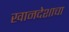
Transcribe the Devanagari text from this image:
खानदेशाचा